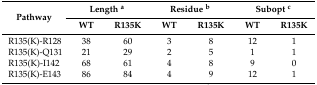
| <ROWSPAN=2> Pathway | <COLSPAN=2> Length a | <COLSPAN=2> Residue b | <COLSPAN=2> Subopt c |
 | WT | R135K | WT | R135K | WT | R135K |
 | --- | --- | --- | --- | --- | --- | --- |
 | R135(K)-R128 | 38 | 60 | 3 | 8 | 12 | 1 |
 | R135(K)-Q131 | 21 | 29 | 2 | 5 | 1 | 1 |
 | R135(K)-I142 | 68 | 61 | 4 | 8 | 9 | 0 |
 | R135(K)-E143 | 86 | 84 | 4 | 9 | 12 | 1 |